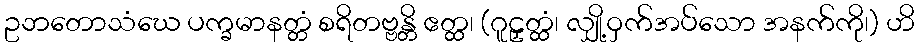
ဥဘတောသံဃေ ပက္ခမာနတ္တံ စရိတဗ္ဗန္တိ ဧတ္ထ၊ (ဂူဠှတ္ထံ၊ လျှို့ဝှက်အပ်သော အနက်ကို၊) ဟိ